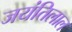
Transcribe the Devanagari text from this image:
जयंतिलाल